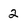
Character: 2